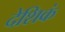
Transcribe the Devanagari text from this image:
देशिकं